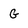
Character: G